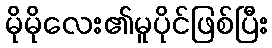
မိုမိုလေး၏မူပိုင်ဖြစ်ပြီး